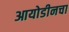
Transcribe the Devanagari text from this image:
आयोडीनचा